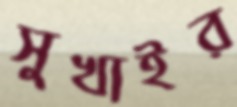
সুখাইর